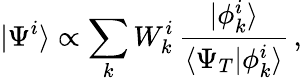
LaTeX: |\Psi^{i}\rangle\propto\sum_{k}W_{k}^{i}\, \frac{|\phi_{k}^{i}\rangle}{\langle\Psi_{T}|\phi_{k}^{i}\rangle}\, ,